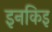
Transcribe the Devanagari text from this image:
इनकिइ